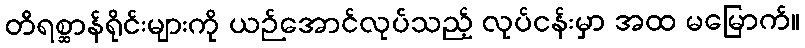
တိရစ္ဆာန်ရိုင်းများကို ယဉ်အောင်လုပ်သည့် လုပ်ငန်းမှာ အထ မမြောက်။